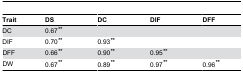
| Trait | DS | DC | DIF | DFF |
 | --- | --- | --- | --- | --- |
 | DC | 0.67** |  |  |  |
 | DIF | 0.70** | 0.93** |  |  |
 | DFF | 0.66** | 0.90** | 0.95** |  |
 | DW | 0.67** | 0.89** | 0.97** | 0.96** |